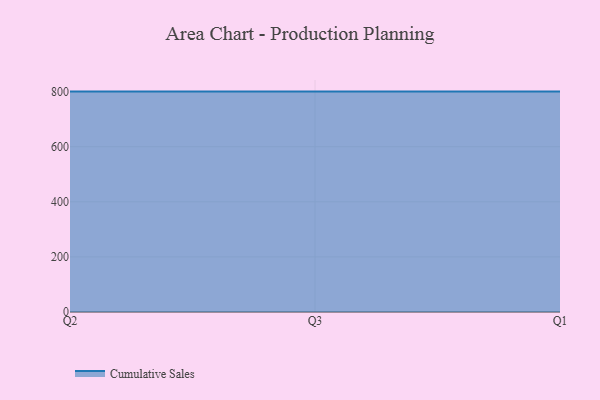
{"axis": {"x": "Quarter", "y": "Website Visitors"}, "legend": ["Cumulative Sales"], "data": [{"x": "Q2", "y": 800, "type": "Cumulative Sales"}, {"x": "Q3", "y": 800, "type": "Cumulative Sales"}, {"x": "Q1", "y": 800, "type": "Cumulative Sales"}]}